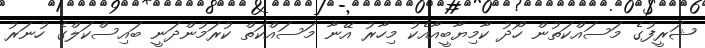
ޝަރީފުގެ މަސައްކަތުން ހޯދު ކާމިޔާބީއާއެކު މިހާރު އޭނާ މަސައްކަތް ކުރަމުންދަނީ ބައިސްކަލްގެ ހުނަރު